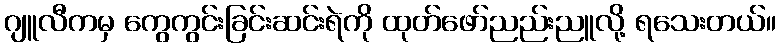
ဂျူလီကမှ ကွေကွင်းခြင်းဆင်းရဲကို ထုတ်ဖော်ညည်းညူလို့ ရသေးတယ်။